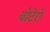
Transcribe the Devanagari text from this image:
बोटेरो